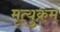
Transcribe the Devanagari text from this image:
मृत्युक्रम